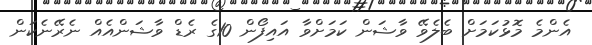
އެންމެ މޮޅުކަމަށް ބެލެވޭ ވާޝަން ކަމަށްވާ އައިފޯން 10ގެ ރެޑް ވާޝަންއެއް ނެރޭނެކަން